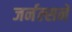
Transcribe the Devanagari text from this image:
जर्नल्सने